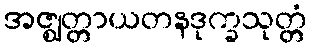
အဇ္ဈတ္တာယတနဒုက္ခသုတ္တံ